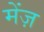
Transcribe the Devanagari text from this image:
मेंज़